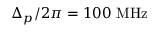
\Delta _ { p } / 2 \pi = 1 0 0 ~ \mathrm { M H z }